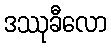
ဒဿုခီလော